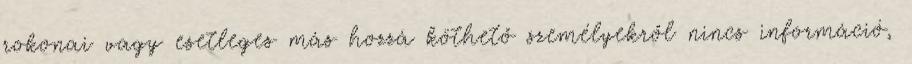
rokonai vagy esetleges más hozzá köthető személyekről nincs információ,